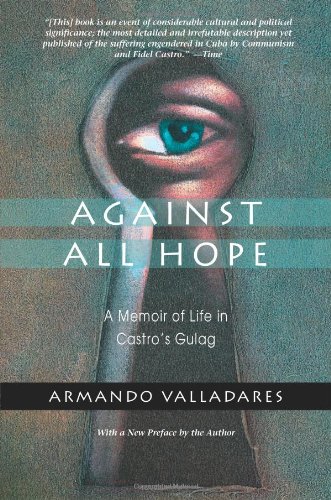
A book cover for Against All Hope: A Memoir of Life in Castro's Gulag; Armando Valladares; Biographies & Memoirs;